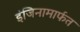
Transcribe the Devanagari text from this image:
इंजिनामार्फत